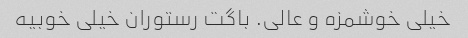
خیلی خوشمزه و عالی. باگت رستوران خیلی خوبیه